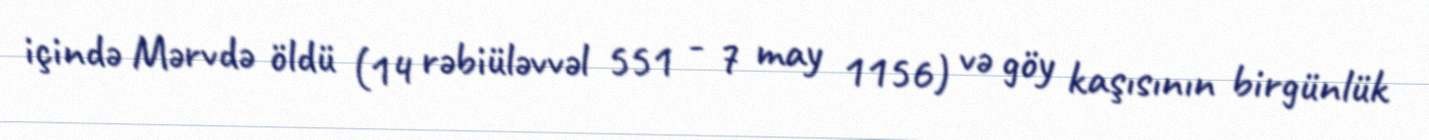
içində Mərvdə öldü (14 rəbiüləvvəl 551 - 7 may 1156) və göy kaşısının birgünlük